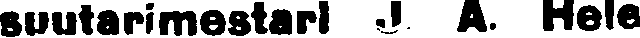
suutarimestari J. A. Hele